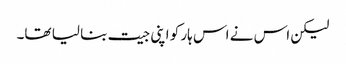
لیکن اس نے اس ہار کو اپنی جیت بنا لیا تھا۔